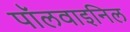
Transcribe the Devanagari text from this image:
पॉलवाइनिल